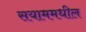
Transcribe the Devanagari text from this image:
सयाममधील